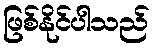
ဖြစ်နိုင်ပါသည်